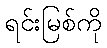
ရင်းမြစ်ကို